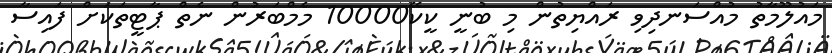
މައުލޫމާތު މުއްސަނދިވި ރައްޔިތުން މި ބުނީ ކީކޭ10000 މެމްބަރުން ނެތް ޕާޓީތަކަށް ފައިސާ